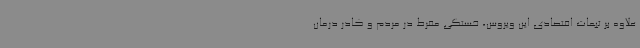
علاوه بر تبعات اقتصادی این ویروس، خستگی مفرط در مردم و کادر درمان